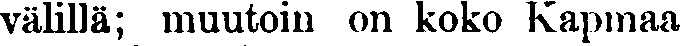
välillä; muutoin on koko Kapmaa